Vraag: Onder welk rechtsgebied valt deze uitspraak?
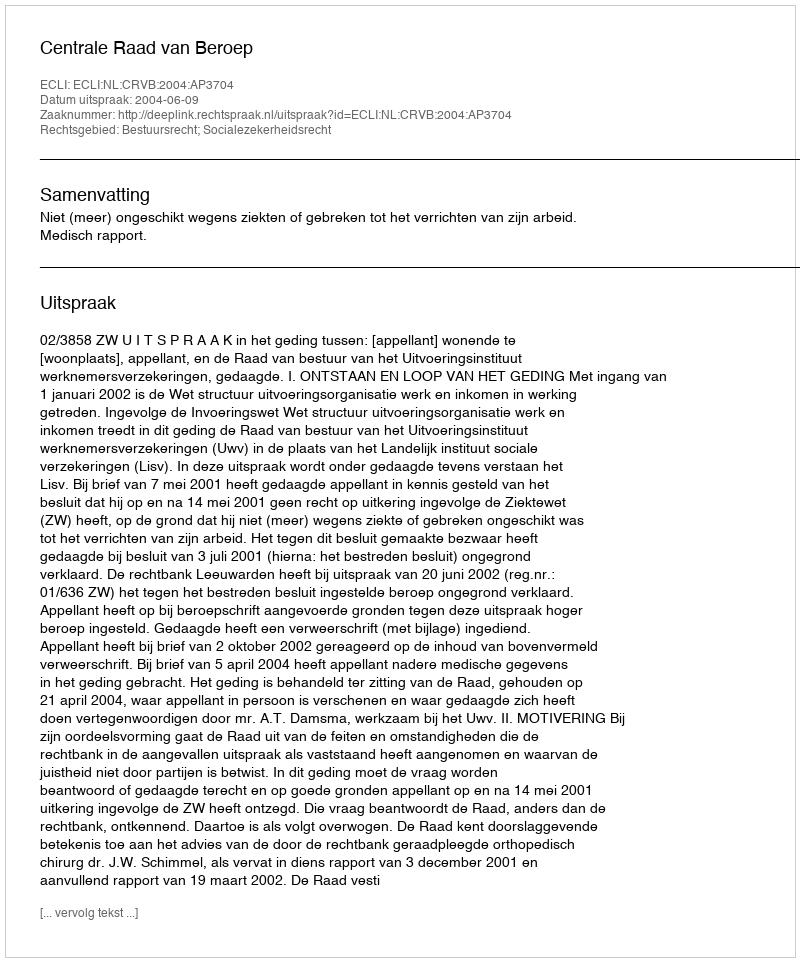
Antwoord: Bestuursrecht; Socialezekerheidsrecht